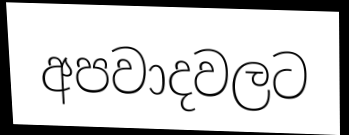
අපවාදවලට